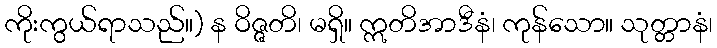
ကိုးကွယ်ရာသည်။) န ဝိဇ္ဇတိ၊ မရှိ။ ဣတိအာဒီနံ၊ ကုန်သော။ သုတ္တာနံ၊